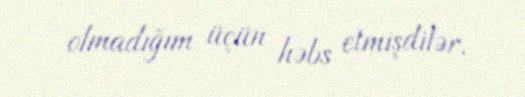
olmadığım üçün həbs etmişdilər.